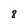
Character: 8